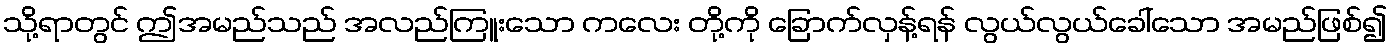
သို့ရာတွင် ဤအမည်သည် အလည်ကြူးသော ကလေး တို့ကို ခြောက်လှန့်ရန် လွယ်လွယ်ခေါ်သော အမည်ဖြစ်၍